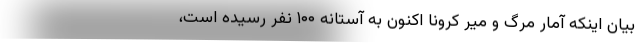
بیان اینکه آمار مرگ و میر کرونا اکنون به آستانه ۱۰۰ نفر رسیده است،